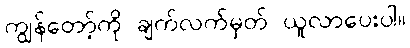
ကျွန်တော့်ကို ချက်လက်မှတ် ယူလာပေးပါ။